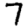
Digit: 7